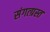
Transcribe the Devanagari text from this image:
संगत्ग्रस्त